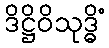
ဒိဋ္ဌိဝိသုဒ္ဓိံ